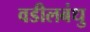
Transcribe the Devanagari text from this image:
वडीलबंधु